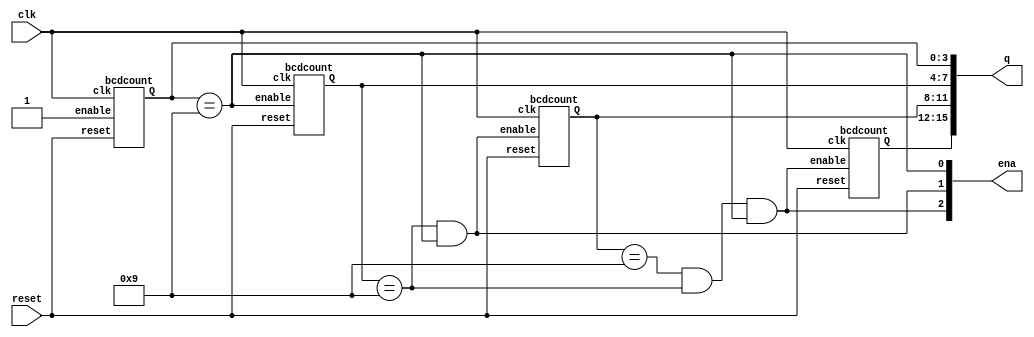
module top_module (
    input clk,
    input reset,  
    output [3:1] ena, 
    output [15:0] q);
    
    assign ena[1] = (q[3:0] == 4'd9);
    assign ena[2] = (q[7:4] == 4'd9 && q[3:0] == 4'd9);
    assign ena[3] = (q[11:8] == 4'd9 && q[7:4] == 4'd9 && q[3:0] == 4'd9 );
    
    bcdcount counter0 (clk, reset, 1'b1,q[3:0]);    
    bcdcount counter1 (clk, reset, ena[1],q[7:4]);
    bcdcount counter2 (clk, reset, ena[2],q[11:8]);
    bcdcount counter3 (clk, reset, ena[3],q[15:12]);

endmodule
module bcdcount (
    input clk,
    input reset,
    input enable,
    output reg [3:0] Q
);

    always @(posedge clk) begin
        if (reset) begin
            Q <= 4'b0000;
        end else if (enable) begin
            Q <= (Q == 4'd9) ? 4'b0000 : Q + 1;
        end
    end

endmodule